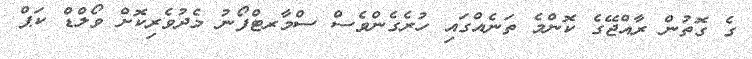
ގެ ގޮތުން ރާއްޖޭގެ ކޮންމެ ތަނެއްގައި ހުރެގެންވެސް ސްމާރޓްފޯނު މެދުވެރިކޮށް ވޯލްޑް ކަޕް